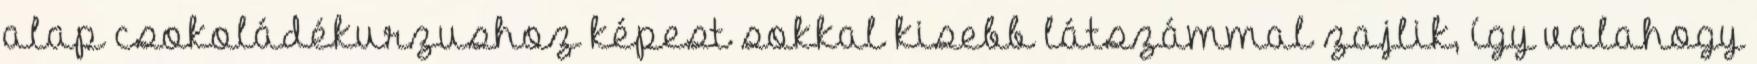
alap csokoládékurzushoz képest sokkal kisebb látszámmal zajlik, így valahogy